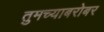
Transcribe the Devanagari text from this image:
तुमच्याबरोबर